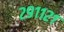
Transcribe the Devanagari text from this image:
२९११२१